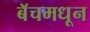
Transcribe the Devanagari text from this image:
बॅचमधून